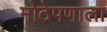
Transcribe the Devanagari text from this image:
मोठेपणाला